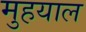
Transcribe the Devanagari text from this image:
मुहयाल